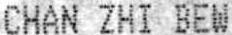
CHAN ZHI BEW